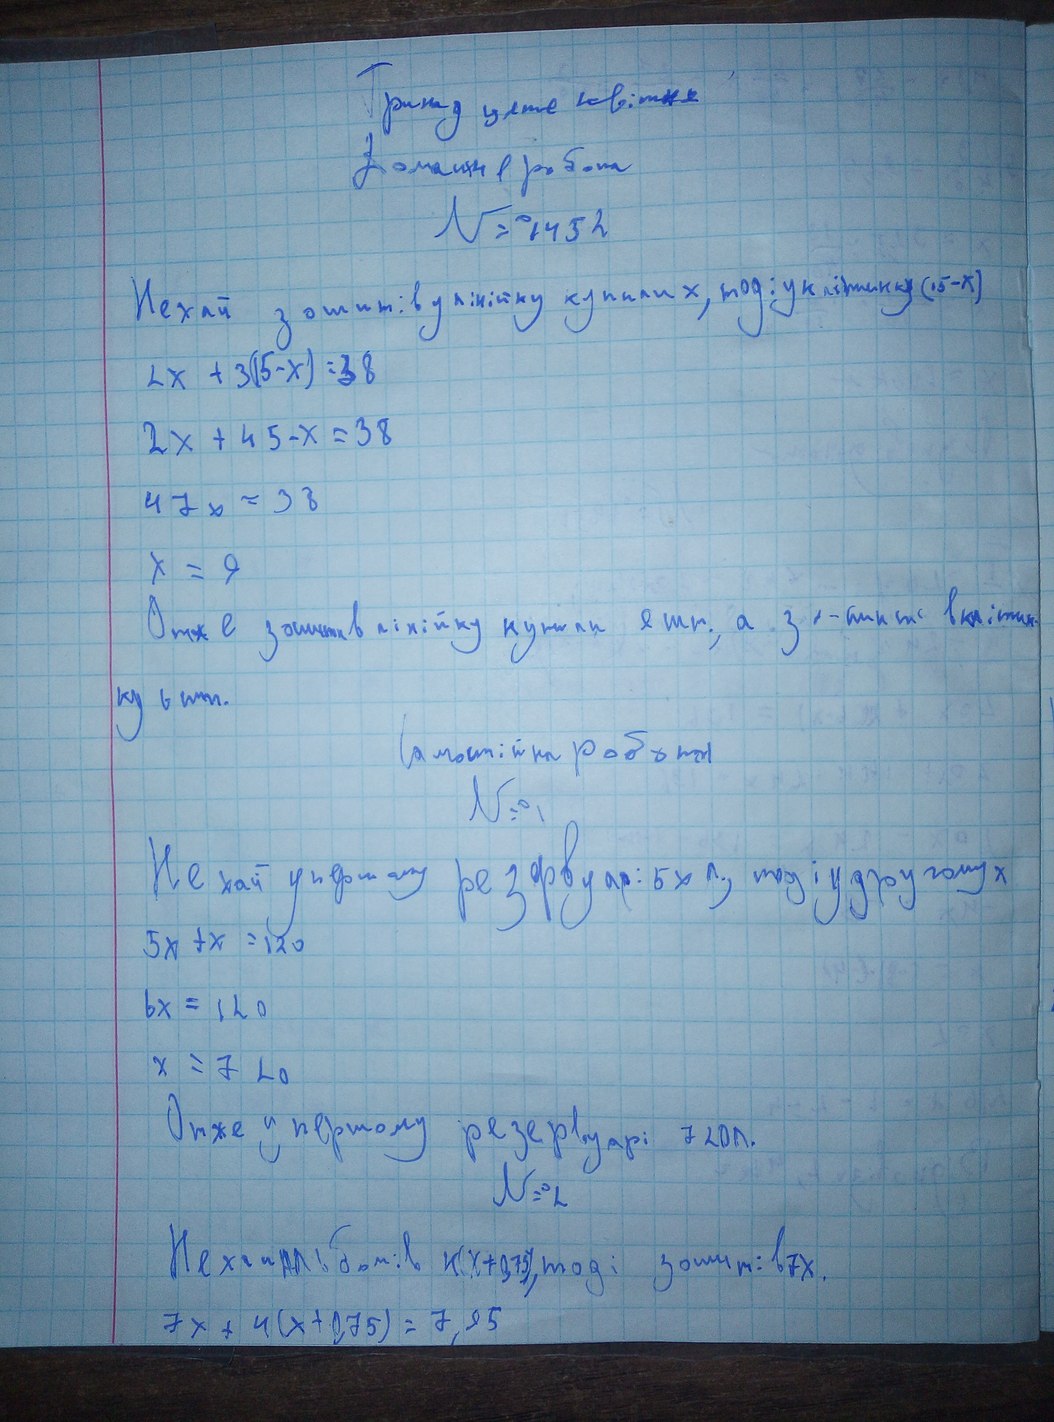
Тринадцяте квітня
Домашня робота
№1452
Нехай зошитів у лінійку купили x, тоді у клітинку (15-x)
2x + 3(15 - x) = 38
2x + 45 - x = 38
47x = 38
x = 9
Отже зошитів в лінійку купили 8 шт., а зошитів в клітин-
ку 6 шт.
Самостійна робота
№1
Нехай у першому резервуарі: 5x л, тоді у другому x
5x + x = 120
6x = 120
x = 720
Отже у першому резервуарі 720л.
№2
N = L
Нехай альбомів x(x+0,75), тоді зошитів 7x.
7x + 4(x + 0,75) = 7,95